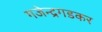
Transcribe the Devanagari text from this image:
गजेन्द्रगडकर